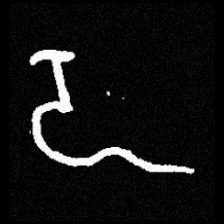
Pyu character \u2014 Myanmar letter: ဍ (romanized: dda)